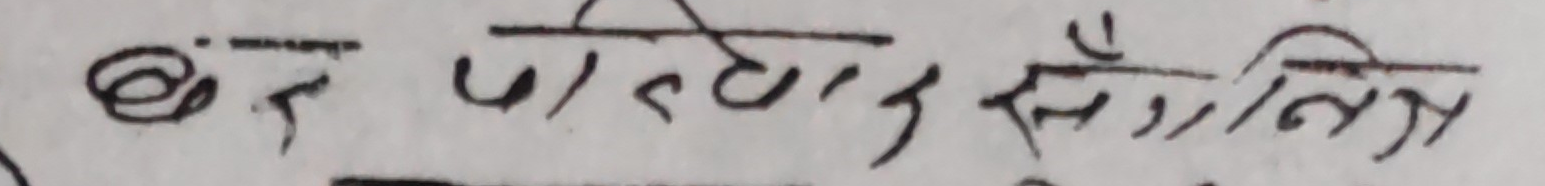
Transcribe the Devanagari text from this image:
बंद पोस्टार संव॑न्धित